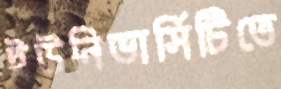
ইউনিভার্সিটিতে